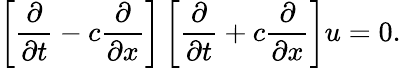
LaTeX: \left[{\frac{\partial}{\partial t}}-c{\frac{\partial}{\partial x}}\right]\left[{\frac{\partial}{\partial t}}+c{\frac{\partial}{\partial x}}\right]u=0.